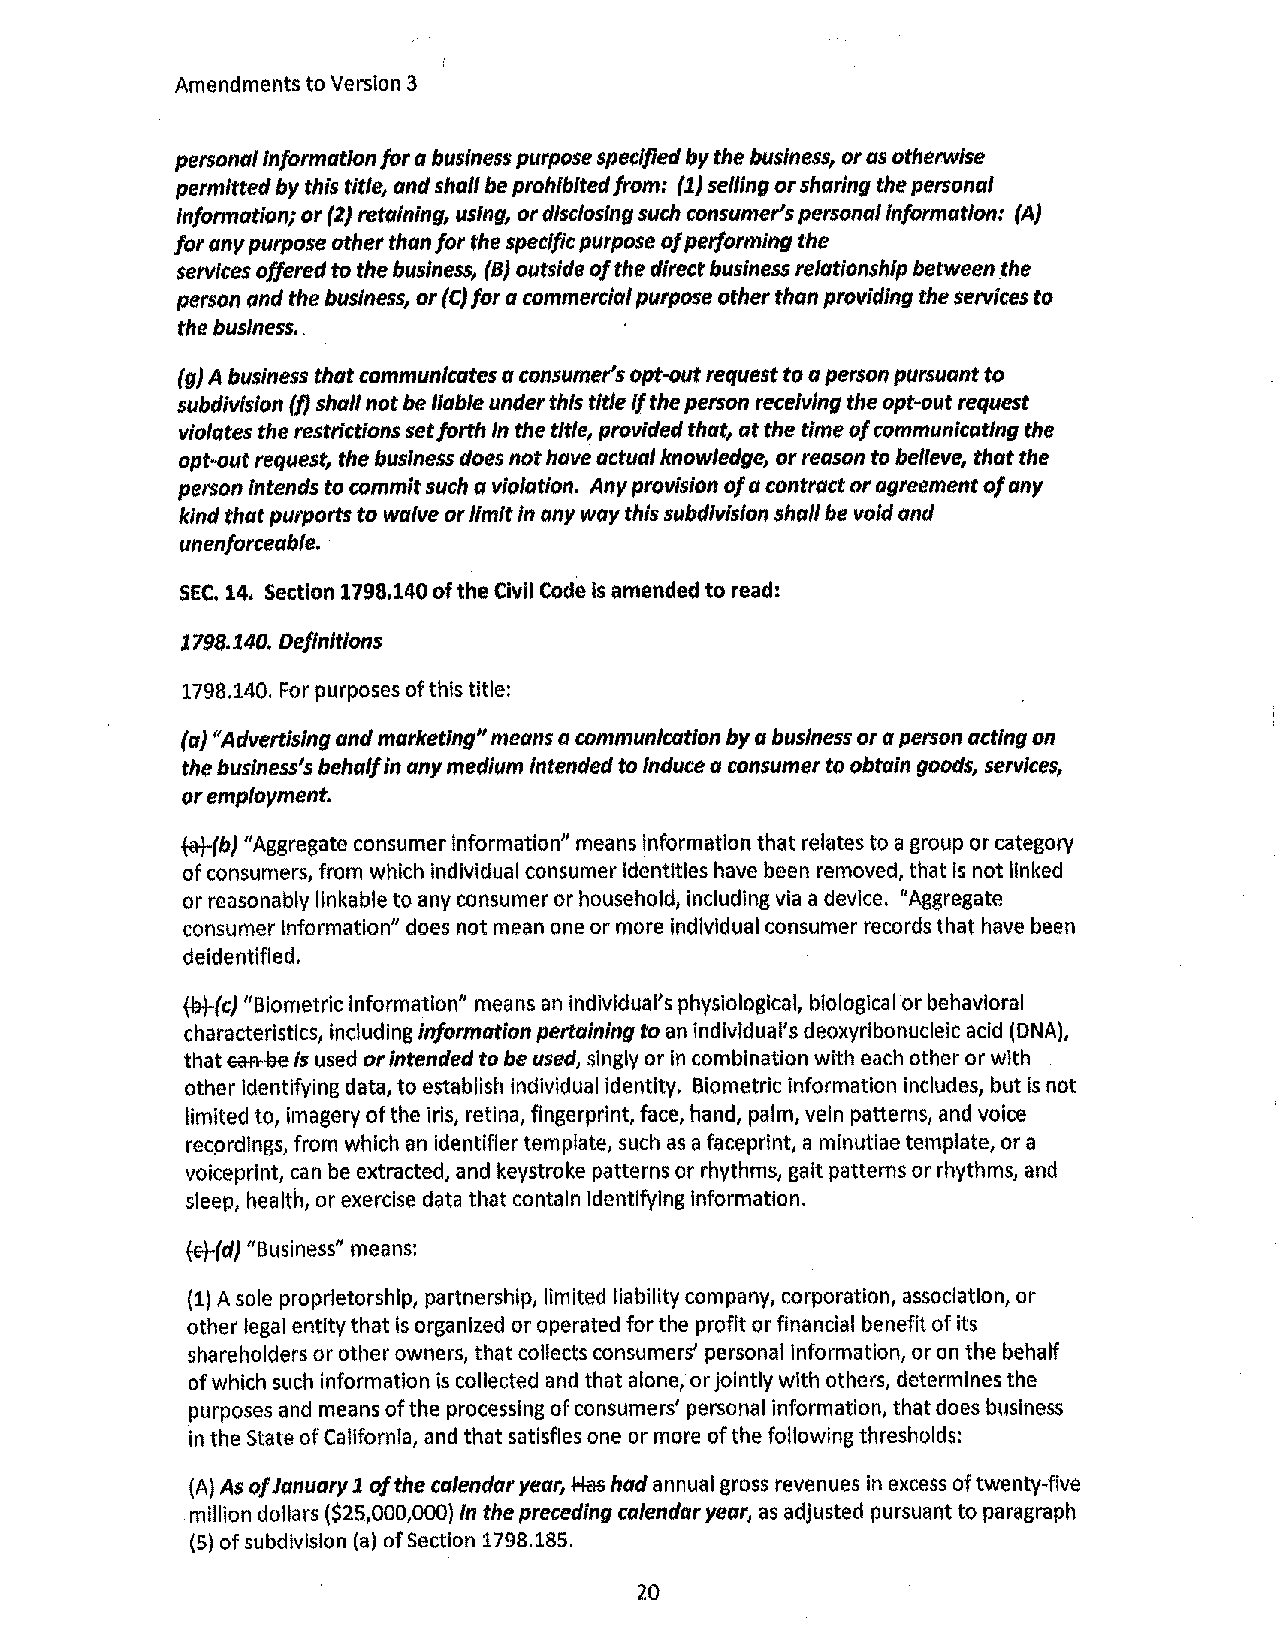
Amendments to Version 3
 personal Information for a business purpose specified by the business, or as otherwise
 permitted by this title, and shall be prohibited from: (1) selling or sharing the personal
 Information; or {2) retaining, using, or disclosing such consumer's personal Information: {A)
 for any purpose other than for the specific purpose of performing the
 services offered to the business, (B) outside of the direct business relationship between the
 person and the business, or (CJ for a commercial purpose other than providing the services to
 the business . .
 (g) A business that communicates a consumer's opt-out request to a person pursuant to
 subdivision (f) shall not be liable under this title If the person receiving the opt-out request
 violates the restrictions set forth in the title, provided that, at the time of communicating the
 opt-out request, the business does not have actual knowledge, or reason to believe, that the
 person Intends to commit such a violation. Any provision of a contract or agreement of any
 kind that purports to waive or limit In any way this subdivision shall be void and
 unenforceable,
 SEC. 14, Section 1798.140 of the Civil Code is amended to read:
 1798,140. Definitions
 1798.140. For purposes of this title:
 (a) "Advertising and marketing" means a communication by a business or a person acting on
 the business's behalf in any medium Intended to Induce a consumer to obtain goods, services,
 or employment.
 fat-(b) "Aggregate consumer information" means information that relates to a group or category
 of consumers, from which individual consumer identities have been removed, that Is not linked
 or reasonably linkable to any consumer or household, including via a device. "Aggregate
 consumer Information" does not mean one or more Individual consumer records that have been
 deidentifled.
 thHcJ
 "Biometric Information" means an Individual's physiological, blologlcalor behavioral
 characteristics, including information pertaining to an individual's deoxyribonucleic acid (DNA),
 that eafl-8e Is used or intended to be used, singly or in combination with each other or with
 other identifying data, to establish individual Identity. Biometric Information includes, but is not
 limited to, imagery of the iris, retina, fingerprint, face, hand, palm, vein patterns, and voice
 recordings, from which an identifier template, such as a faceprint, a minutiae template, or a
 voiceprlnt, can be extracted, and keystroke patterns or rhythms, gait patterns or rhythms, and
 sleep, health, or exercise data that contain Identifying Information.
 fet-(d) "Business" means:
 (1) A sole proprietorship, partnership, limited liability company, corporation, association, or
 other legal entity that is organized or operated for the profit or financial benefit of its
 shareholders or other owners, that collects consumers' personal Information, or on the behalf
 of which such information is collected and that alone, or jointly with others, determines the
 purposes and means of the processing of consumers' personal Information, that does business
 in the State of California, and that satisfies one or more of the following thresholds:
 (A) As of January 1 of the calendar year, Has had annual gross revenues in excess of twenty-five
 million dollars ($25,000,000) in the preceding calendar year, as adjusted pursuant to paragraph
 (5) of subdivision (a) of Section 1798.185.
 20